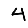
Digit: 4